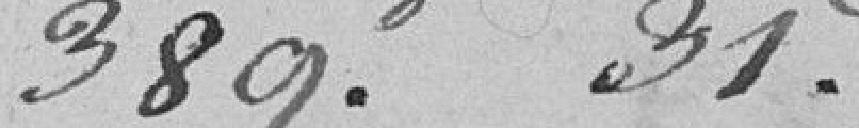
369,31